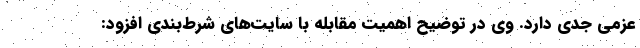
عزمی جدی دارد. وی در توضیح اهمیت مقابله با سایت‌های شرط‌بندی افزود: